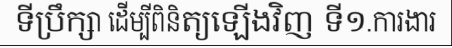
ទីប្រឹក្សា ដើម្បីពិនិត្យឡើងវិញ ទី១.ការងារ